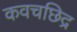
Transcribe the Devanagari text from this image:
कवचछिद्र